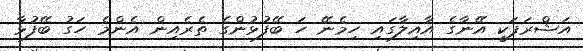
އަޝްރަފަކީ އޭނާގެ އާއިލާގައި ހިމެނޭ ހަ ބޭފުޅުންގެ ތެރެއިން އެންމެ ހަގު ބޭފުޅާ